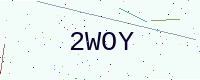
Text: 2WOY